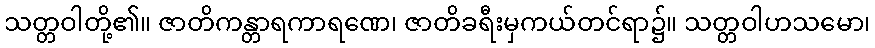
သတ္တဝါတို့၏။ ဇာတိကန္တာရကာရဏေ၊ ဇာတိခရီးမှကယ်တင်ရာ၌။ သတ္တဝါဟသမော၊